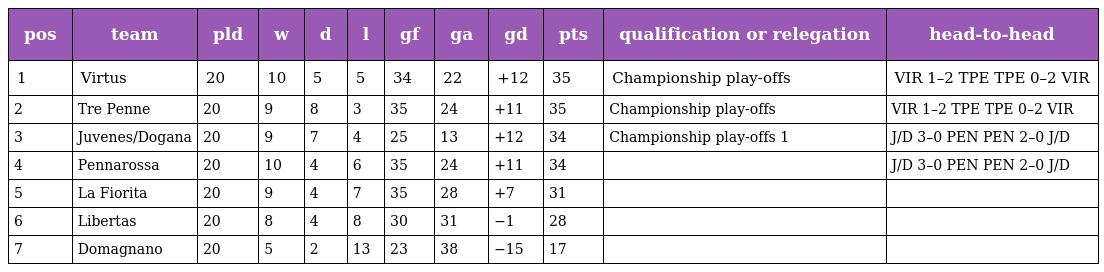
| pos | team | pld | w | d | l | gf | ga | gd | pts | qualification or relegation | head-to-head |
 | --- | --- | --- | --- | --- | --- | --- | --- | --- | --- | --- | --- |
 | 1 | Virtus | 20 | 10 | 5 | 5 | 34 | 22 | +12 | 35 | Championship play-offs | VIR 1–2 TPE TPE 0–2 VIR |
 | 2 | Tre Penne | 20 | 9 | 8 | 3 | 35 | 24 | +11 | 35 | Championship play-offs | VIR 1–2 TPE TPE 0–2 VIR |
 | 3 | Juvenes/Dogana | 20 | 9 | 7 | 4 | 25 | 13 | +12 | 34 | Championship play-offs 1 | J/D 3–0 PEN PEN 2–0 J/D |
 | 4 | Pennarossa | 20 | 10 | 4 | 6 | 35 | 24 | +11 | 34 |  | J/D 3–0 PEN PEN 2–0 J/D |
 | 5 | La Fiorita | 20 | 9 | 4 | 7 | 35 | 28 | +7 | 31 |  |  |
 | 6 | Libertas | 20 | 8 | 4 | 8 | 30 | 31 | −1 | 28 |  |  |
 | 7 | Domagnano | 20 | 5 | 2 | 13 | 23 | 38 | −15 | 17 |  |  |